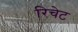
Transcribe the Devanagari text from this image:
रिचेट